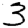
Digit: 3